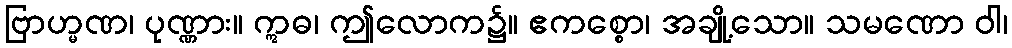
ဗြာဟ္မဏ၊ ပုဏ္ဏား။ ဣဓ၊ ဤလောက၌။ ဧကစ္စော၊ အချို့သော။ သမဏော ဝါ၊